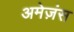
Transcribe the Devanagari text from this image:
अमेज़ंस